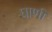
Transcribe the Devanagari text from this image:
घाणी